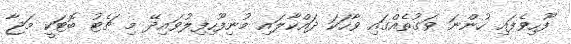
ފޫހިވެފައި ހުންނަ ވަގުތެއްގައި ވާހަކަ ދައްކާލައި މުނިފޫހިފިލުވައިދޭ މި ޗެޓު ބޮޓަކީ މަޖާ